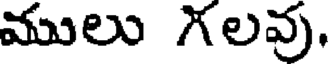
ములు గలవు.